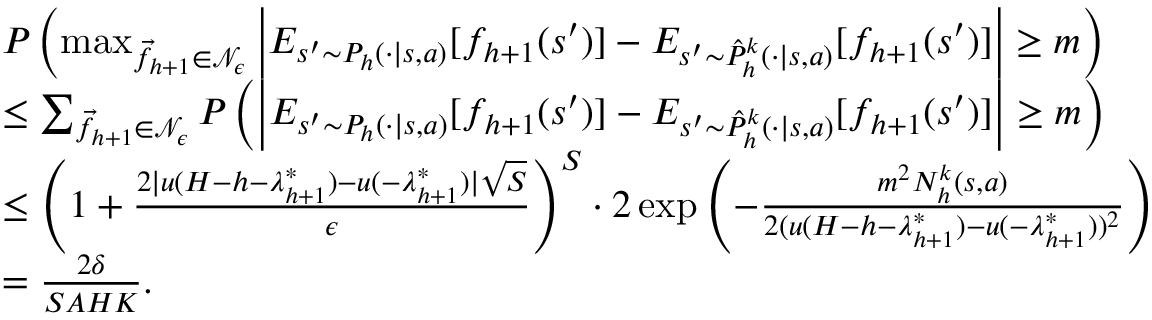
\begin{array} { r l } & { P \left( \operatorname* { m a x } _ { \vec { f } _ { h + 1 } \in \mathcal { N } _ { \epsilon } } \left\vert E _ { s ^ { \prime } \sim P _ { h } ( \cdot \vert s , a ) } [ f _ { h + 1 } ( s ^ { \prime } ) ] - E _ { s ^ { \prime } \sim \hat { P } _ { h } ^ { k } ( \cdot \vert s , a ) } [ f _ { h + 1 } ( s ^ { \prime } ) ] \right\vert \geq m \right) } \\ & { \leq \sum _ { \vec { f } _ { h + 1 } \in \mathcal { N } _ { \epsilon } } P \left( \left\vert E _ { s ^ { \prime } \sim P _ { h } ( \cdot \vert s , a ) } [ f _ { h + 1 } ( s ^ { \prime } ) ] - E _ { s ^ { \prime } \sim \hat { P } _ { h } ^ { k } ( \cdot \vert s , a ) } [ f _ { h + 1 } ( s ^ { \prime } ) ] \right\vert \geq m \right) } \\ & { \leq \left( 1 + \frac { 2 \vert u ( H - h - \lambda _ { h + 1 } ^ { * } ) - u ( - \lambda _ { h + 1 } ^ { * } ) \vert \sqrt { S } } { \epsilon } \right) ^ { S } \cdot 2 \exp \left( - \frac { m ^ { 2 } N _ { h } ^ { k } ( s , a ) } { 2 ( u ( H - h - \lambda _ { h + 1 } ^ { * } ) - u ( - \lambda _ { h + 1 } ^ { * } ) ) ^ { 2 } } \right) } \\ & { = \frac { 2 \delta } { S A H K } . } \end{array}